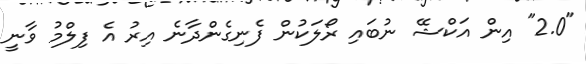
"2.0" އިން އަކްޝޭ ނުބައި ރޯލަކުން ފެނިގެންދާނެ އިރު އެ ފިލްމު ވާނީ